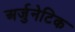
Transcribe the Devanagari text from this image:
अर्जुनेटिक